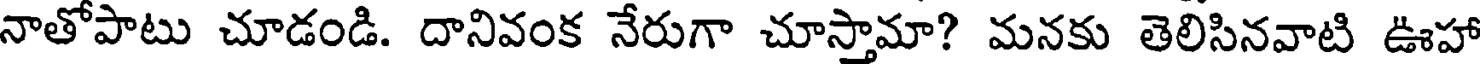
నాతోపాటు చూడండి. దానివంక నేరుగా చూస్తామా? మనకు తెలిసినవాటి ఊహా